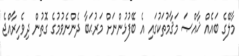
މާލޭގެ ބައެއް ޚާއްޞަ މަޤާމުތަކުގައި އެ ބޭފުޅުންނަށް މަރުޙަބާ ދެންނެވުމުގެ ގޮތުން ދިވެހިރާއްޖެ